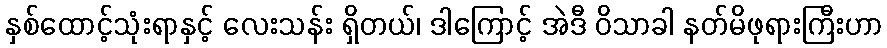
နှစ်ထောင့်သုံးရာနှင့် လေးသန်း ရှိတယ်၊ ဒါကြောင့် အဲဒီ ဝိသာခါ နတ်မိဖုရားကြီးဟာ